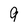
Character: 9